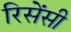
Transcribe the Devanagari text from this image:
रिसेंसी